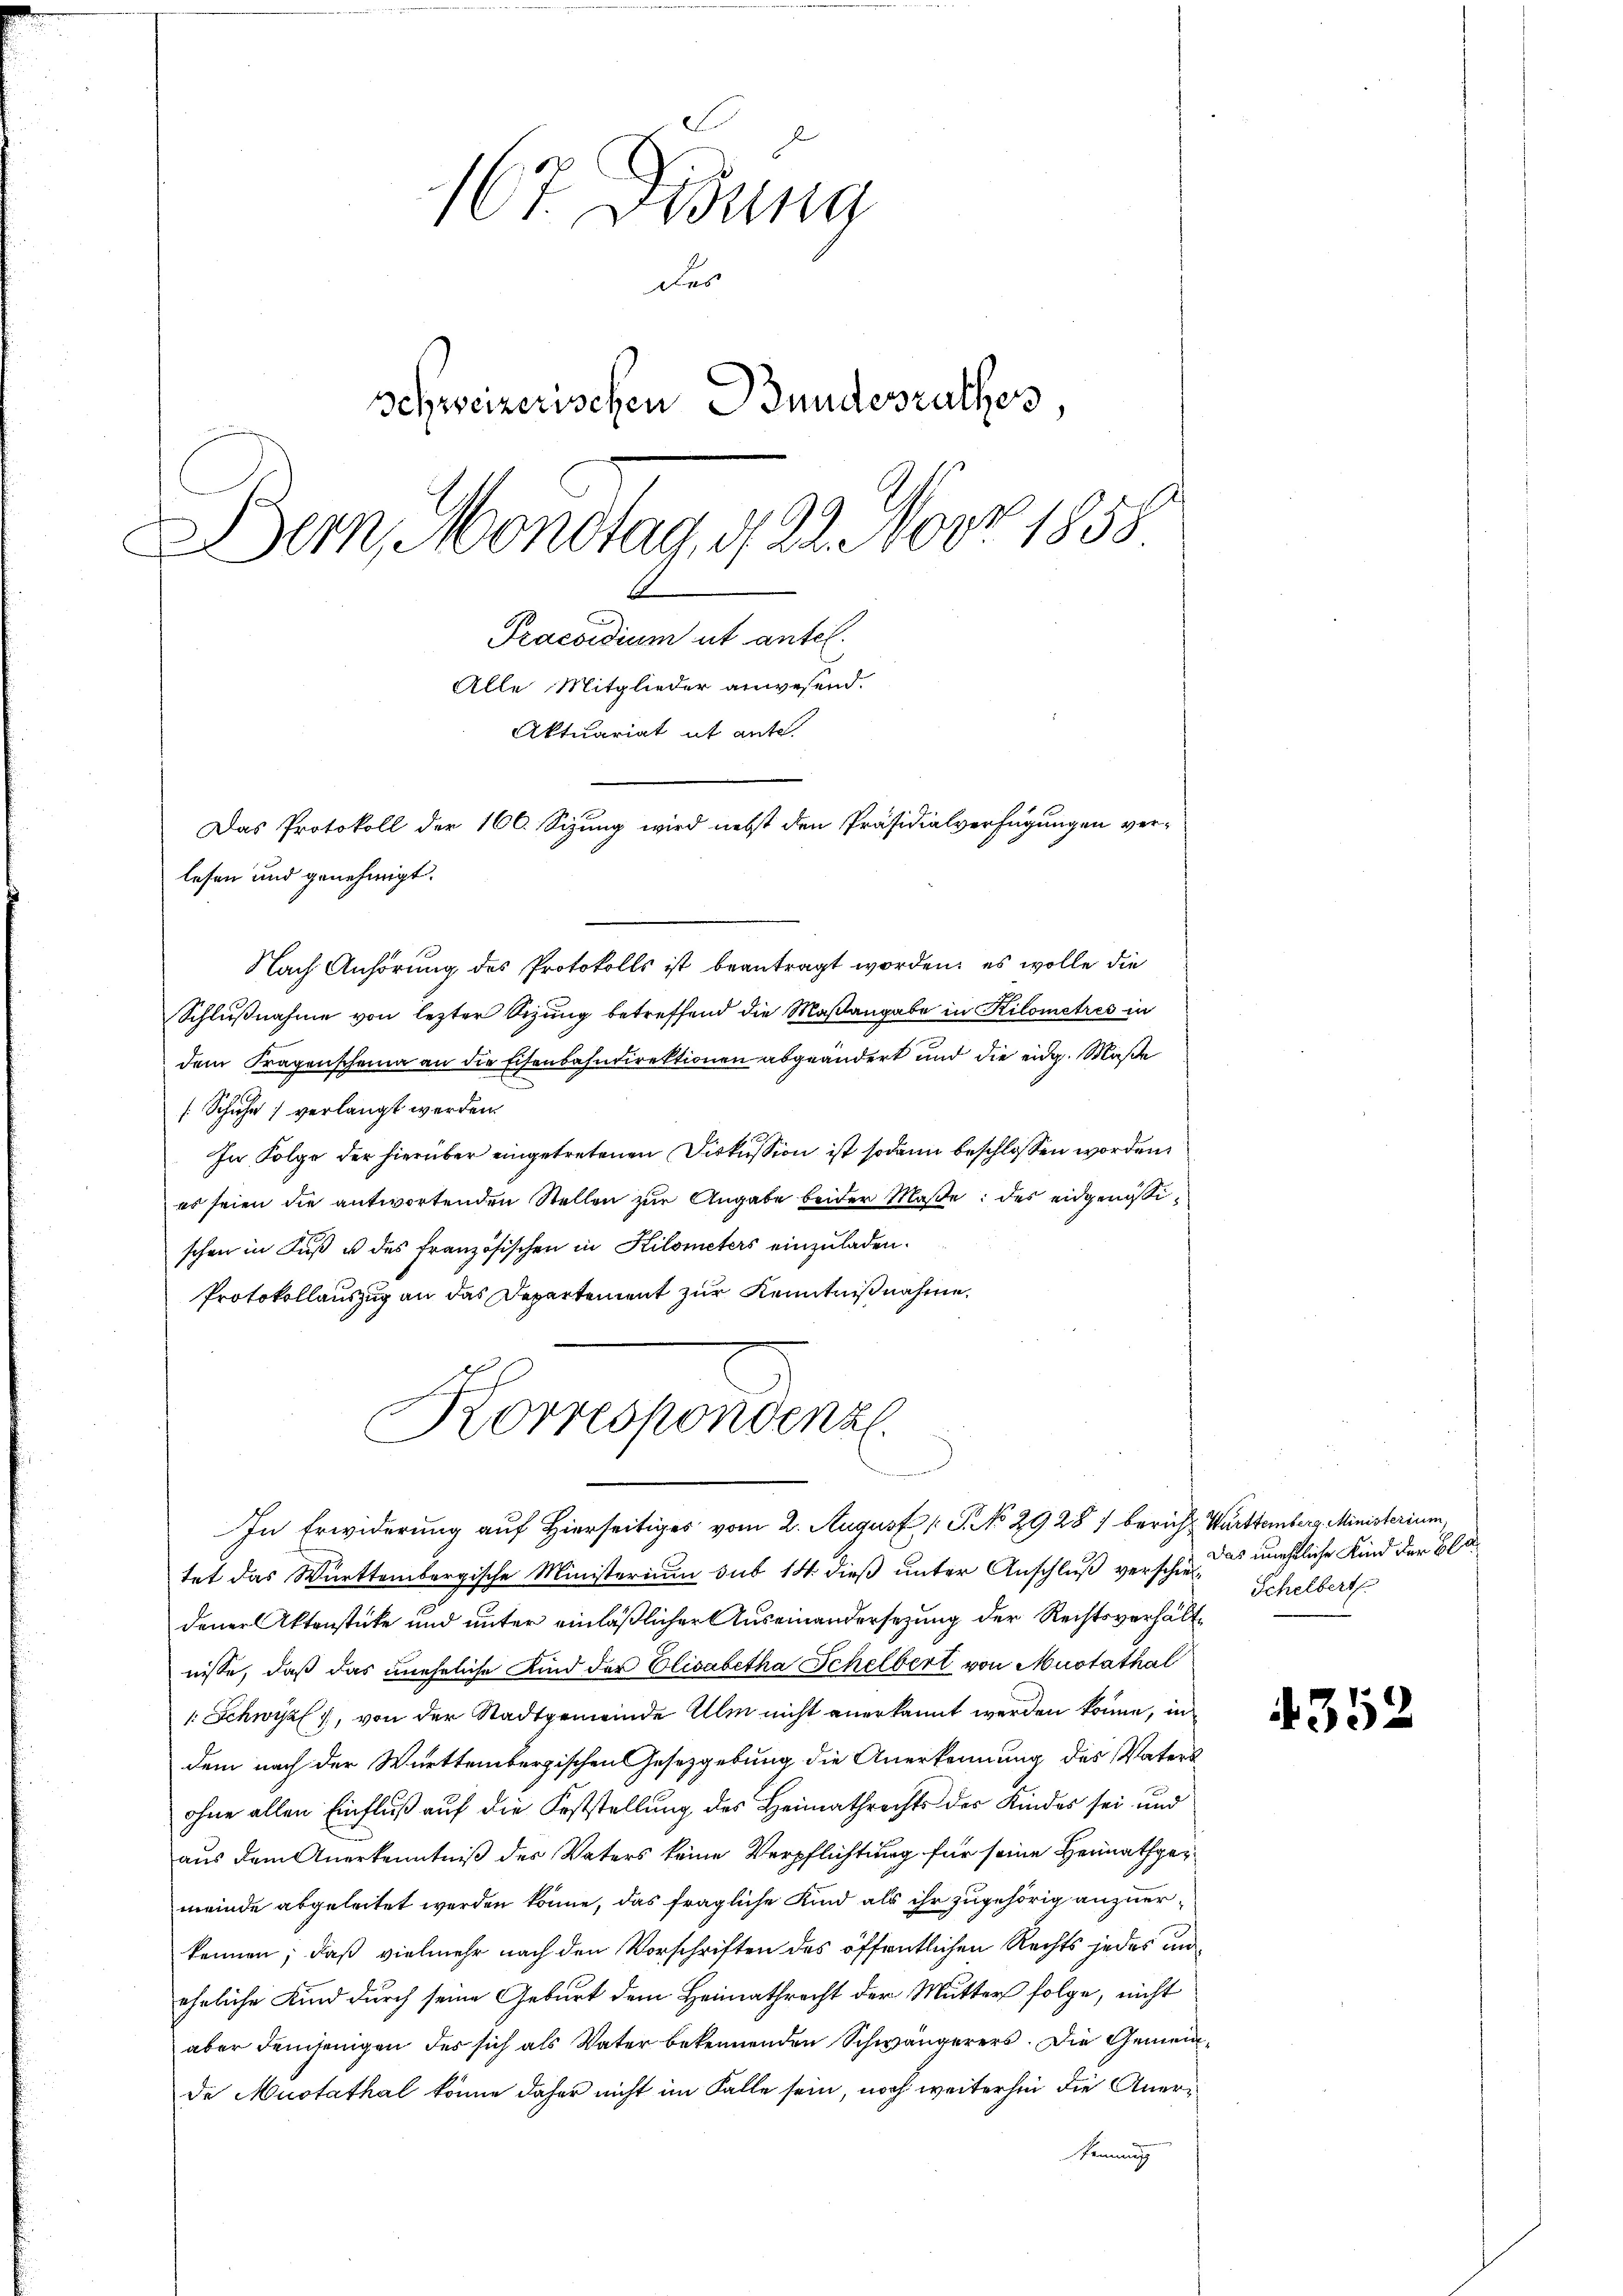
167. Didung
des
schweizerischen Bundesrathes
Bern, Montag, 122. Nov. 1858
Praesidium ut antel.
Alle Mitglieder anwesend.
Aktuariat it ante.
Das Protokoll der 166. Sizung wird nebst den Präsidialverfügungen ver-
lesen und genehmigt.

Nach Anhörung des Protokolls ist beantragt worden; es wolle die
Schlußnahme von lezter Sizung betreffend die Maßangabe in Kilometrés in
dem Fragenscheina an die Eisenbahndirektionen abgeändert und die eidg. Maße
[Schuhe verlangt werden.
In Folge der hierüber eingetretenen Diskussion ist sodann beschlossen worden.
es seien die antwortenden Stellen zur Angabe beider Maße: des eidgenössischen in Fuß u des französischen in Kilometers einzuladen.
Protokollauszug an das Departement zur Kenntnißnahme,
tet das Württembergische Ministerium sub 14 dieß unter Anschluß verschiedener Aktenstücke und unter einläßlicher Auseinandersezung der Rechtsverhältnisse, daß das uneheliche Kind der Elisabetha Schelbert von Mustathal
: Schwyz, von der Stadtgemeinde Ulm nicht anerkannt werden könne, in
dem nach der Württembergischen Gesetzgebung die Anerkennung des Vaters
ohne allen Einfluß auf die Feststellung des Heimathrechts des Kindes sei und
aus dem Anerkenntniß des Vaters keine Verpflichtung für seine Heimathgemeinde abgeleitet werden könne, das fragliche Kind als ihr zugehörig anzuerkennen; daß vielmehr nach den Vorschriften des öffentlichen Rechts jedes uneheliche Kind durch seine Geburt dem Heimathrecht der Mutter folge, nicht
aber demjenigen des sich als Vater bekennenden Schwängerers. Die Gemeinde Mustathal könne daher nicht im Falle sein, noch weiterhin die Anerkennung

Korrespondenz
In Erwiderung auf Hierseitiges vom 2. August [ P. No 2928 / bericht. Württemberg Ministerium

Das nichtliche Kind der Bla¬
Schelbert

31